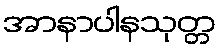
အာနာပါနသုတ္တ